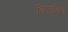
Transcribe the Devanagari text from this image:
झिजविणें